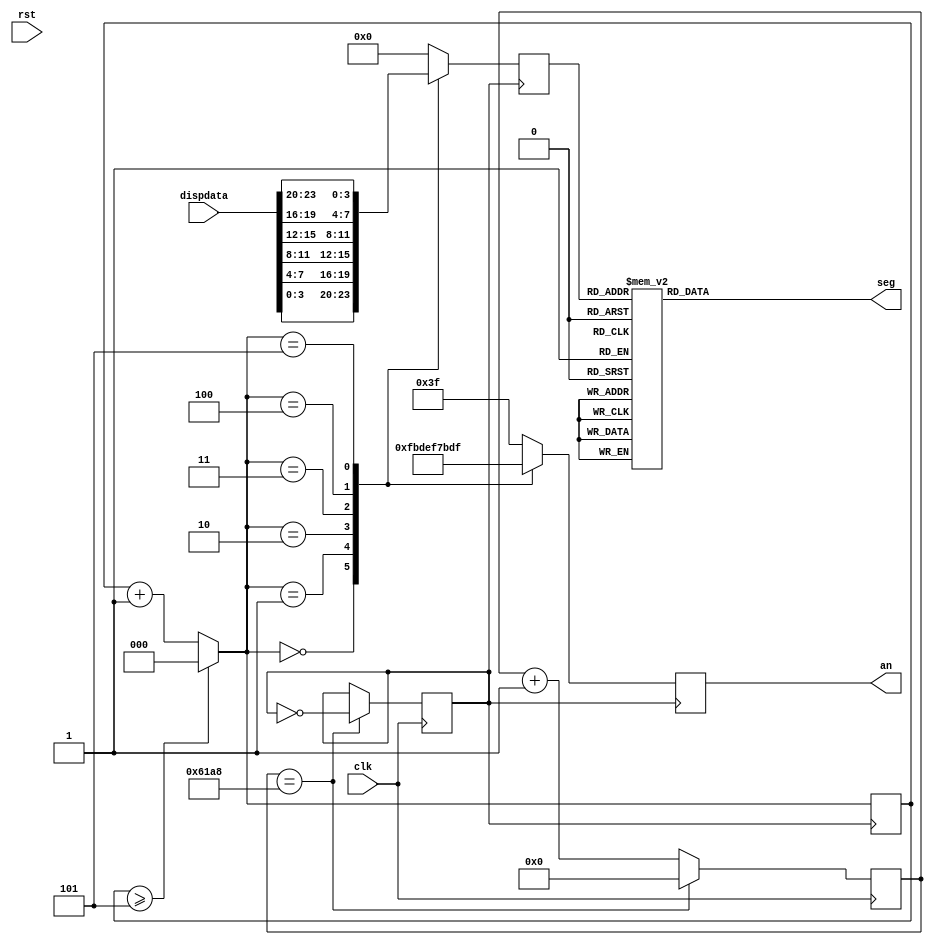
module ip_disp(
    input clk,
    input rst,
    input [23:0] dispdata,  // BCD
    output [7:0] seg,
    output [5:0] an
    );
    reg[14:0] divclk_cnt = 0;      //Ƶֵ
    reg divclk = 0;                //Ƶʱ
    reg [7:0] seg=0;               //
    reg [5:0] an=6'b111110;          //λ
    reg [3:0] disp_dat=0;          //Ҫʾ    
    reg [2:0] disp_bit=0;          //Ҫʾλ       
    parameter maxcnt=25000;
    always@(posedge clk) 
    begin
        if(divclk_cnt==maxcnt)
        begin
            divclk =~ divclk;
            divclk_cnt = 0;
        end
        else
        begin
             divclk_cnt = divclk_cnt+1'b1;
        end
    end
    always@(posedge divclk)
    begin

        if (disp_bit>=5)
            disp_bit=0;
        else
            disp_bit=disp_bit+1;
        
		case (disp_bit)
			3'h0 :
			begin
			 disp_dat=dispdata[3:0];
			 an = 6'b111110; //ʾһ,͵ƽЧ
			end  
			3'h1 :
			begin
			 disp_dat=dispdata[7:4];
			 an = 6'b111101; //ʾڶܣ͵ƽЧ
			end
			3'h2 :
		   begin
			 disp_dat=dispdata[11:8];           
			 an = 6'b111011; //ʾܣ͵ƽЧ
		   end
			3'h3 :
			begin
			  disp_dat=dispdata[15:12]; 
			  an = 6'b110111; //ʾĸܣ͵ƽЧ
			end
			3'h4 :
			begin
			  disp_dat=dispdata[19:16]; 
			  an = 6'b101111; //ʾܣ͵ƽЧ
			end
			3'h5 :
			begin
			  disp_dat=dispdata[23:20];
			  an = 6'b011111; //ʾܣ͵ƽЧ
			end
			default:
			begin
				disp_dat=0;
				an = 6'b111111;
			end
		endcase 
    end
    
    always @ (disp_dat)
    begin
		case (disp_dat)
		4'h0 : seg = 8'h3f; //ʾ"0"
		4'h1 : seg = 8'h06; //ʾ"1"
		4'h2 : seg = 8'h5b; //ʾ"2"
		4'h3 : seg = 8'h4f; //ʾ"3"
		4'h4 : seg = 8'h66; //ʾ"4"
		4'h5 : seg = 8'h6d; //ʾ"5" 01101101
		4'h6 : seg = 8'h7d; //ʾ"6"
		4'h7 : seg = 8'h07; //ʾ"7"
		4'h8 : seg = 8'h7f; //ʾ"8"
		4'h9 : seg = 8'h6f; //ʾ"9"
		4'ha : seg = 8'h77; //ʾ"a"
		4'hb : seg = 8'h7c; //ʾ"b"
		4'hc : seg = 8'h39; //ʾ"c"
		4'hd : seg = 8'h5e; //ʾ"d"
		4'he : seg = 8'h79; //ʾ"e"
		4'hf : seg = 8'h71; //ʾ"f"
		endcase
    end   
endmodule